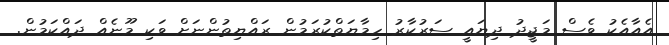
އެއާއެކު ވެސް މަޖީދު ދިޔައީ ސަރުކާރު ހިމާޔަތްކުރަމުން ރައްޔިތުންނަށް ވަކި މޫނެއް ދައްކަމުން.